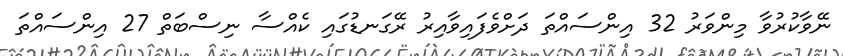
ނޭވާކުރުވާ މިންވަރު 32 އިންސައްތަ ދަށްވެފައިވާއިރު ރޭގަނޑުގައި ކެއްސާ ނިސްބަތް 27 އިންސައްތަ